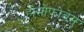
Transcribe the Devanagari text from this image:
होमोफोबेस